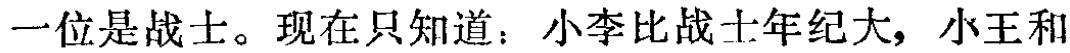
一位是战士。现在只知道：小李比战士年纪大，小王和